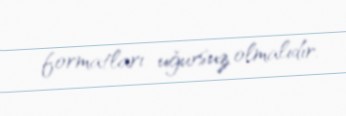
formatları uğursuz olmalıdır.